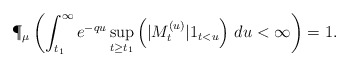
\begin{align*} \P_{\mu}\left(\int_{t_1}^{\infty}e^{-qu}\sup_{t\ge t_1}\left(|M^{(u)}_{t}| 1_{t<u}\right)\,du<\infty\right)=1.\end{align*}